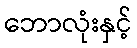
ဘောလုံးနှင့်